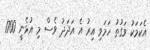
އެކަމަކު ވަގުތު ހަމަވި އިރު އެ އަދަދު ވެސް މި އުޅެނީ 1700